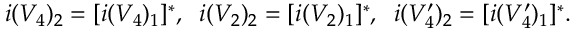
i ( V _ { 4 } ) _ { 2 } = [ i ( V _ { 4 } ) _ { 1 } ] ^ { * } , \; \; i ( V _ { 2 } ) _ { 2 } = [ i ( V _ { 2 } ) _ { 1 } ] ^ { * } , \; \; i ( V _ { 4 } ^ { \prime } ) _ { 2 } = [ i ( V _ { 4 } ^ { \prime } ) _ { 1 } ] ^ { * } .